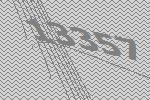
13357